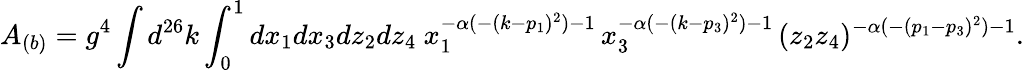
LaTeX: A_{(b)}=g^{4}\int d^{26}k\int_{0}^{1}dx_{1}dx_{3}dz_{2}dz_{4}~x_{1}^{-\alpha(-(k-p_{1})^{2})-1}\, x_{3}^{-\alpha(-(k-p_{3})^{2})-1}\, (z_{2}z_{4})^{-\alpha(-(p_{1}-p_{3})^{2})-1}.